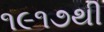
૧૯૧૭થી